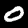
Label: 0